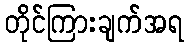
တိုင်ကြားချက်အရ